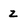
Character: z